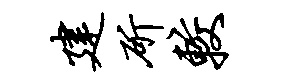
建斫较